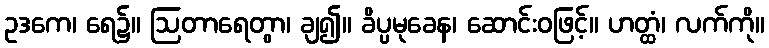
ဥဒကေ၊ ရေ၌။ ဩတာရေတွာ၊ ချ၍။ ခိပ္ပမုခေန၊ ဆောင်းဝဖြင့်။ ဟတ္ထံ၊ လက်ကို။